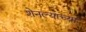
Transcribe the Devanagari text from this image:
शेनल्याच्या